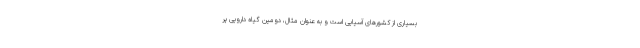
بسیاری از کشورهای آسیایی است و به عنوان مثال، دومین گیاه دارویی پر